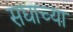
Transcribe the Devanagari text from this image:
सद्याच्या